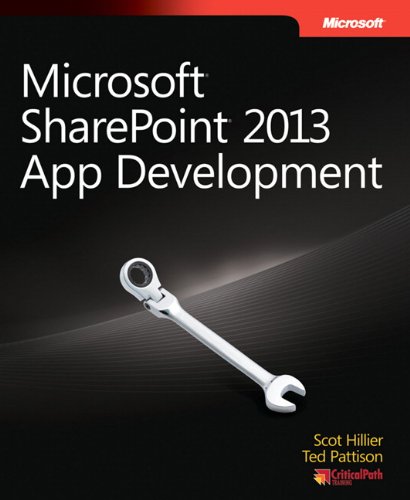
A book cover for Microsoft SharePoint 2013 App Development (Developer Reference); Scot Hillier; Computers & Technology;